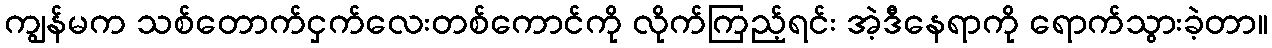
ကျွန်မက သစ်တောက်ငှက်လေးတစ်ကောင်ကို လိုက်ကြည့်ရင်း အဲ့ဒီနေရာကို ရောက်သွားခဲ့တာ။